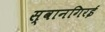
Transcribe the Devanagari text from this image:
स्वानगिरई